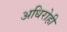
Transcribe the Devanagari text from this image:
अधिरोही